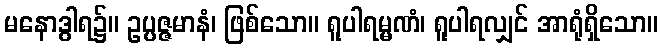
မနောဒွါရ၌။ ဥပ္ပဇ္ဇမာနံ၊ ဖြစ်သော။ ရူပါရမ္မဏံ၊ ရူပါရလျှင် အာရုံရှိသော။